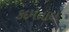
કદમતાલ